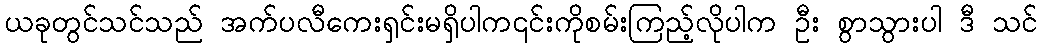
ယခုတွင်သင်သည် အက်ပလီကေးရှင်းမရှိပါက၎င်းကိုစမ်းကြည့်လိုပါက ဦး စွာသွားပါ ဒီ သင်